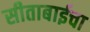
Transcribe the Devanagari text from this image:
सीताबाईचा